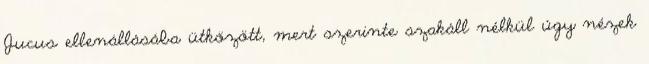
Jucus ellenállásába ütközött, mert szerinte szakáll nélkül úgy nézek